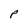
Character: P